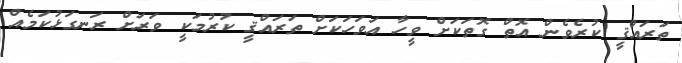
ތަރައްޤީ ކުރެވެން އޮތް ގޮތަކަށް ވީހާ އަވަހަކަށް ތަރައްޤީ ކުރުމަކީ ވަރަށް ރަނގަޅުކަމެއް